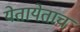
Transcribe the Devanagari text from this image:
येतायेताच